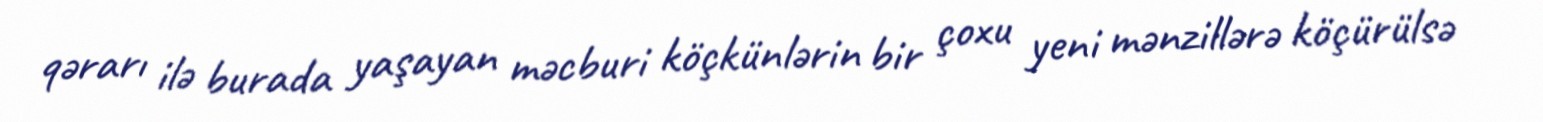
qərarı ilə burada yaşayan məcburi köçkünlərin bir çoxu yeni mənzillərə köçürülsə